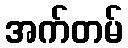
အက်တမ်